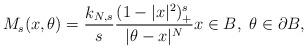
LaTeX: \begin{align*} M_s(x,\theta)=\frac{k_{N,s}}{s}\frac{(1-|x|^2)^s_{ +}}{|\theta-x|^N} x\in B,\ \theta\in \partial B,\end{align*}